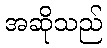
အဆိုသည်